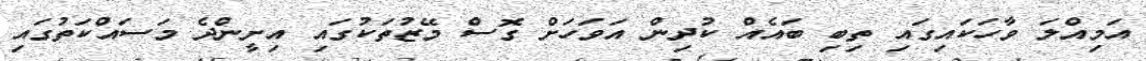
އަމިއްލަ ވާހަކައިގައި ތިބި ބައެއް ކުދިން އަވަހަށް ގޮސް މޭޒުތަކުގައި އިށީންދެ މަސައްކަތުގައި